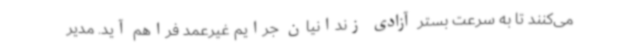
می‌کنند تا به سرعت بستر آزادی زندانیان جرایم غیرعمد فراهم آید. مدیر